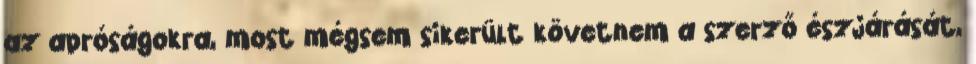
az apróságokra, most mégsem sikerült követnem a szerző észjárását,